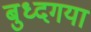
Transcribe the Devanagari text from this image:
बुध्दगया